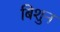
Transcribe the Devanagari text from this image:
बिशुन